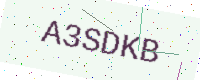
Text: A3SDKB